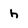
Character: h